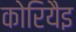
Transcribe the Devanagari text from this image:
कोरियैइ